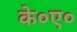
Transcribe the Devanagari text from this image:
के०ए०